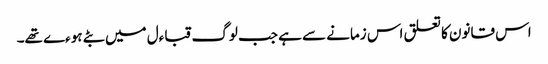
اس قانون کا تعلق اس زمانے سے ہے جب لوگ قباءل میں بٹے ہوءے تھے۔